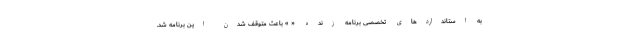
به استانداردهای تخصصی برنامه زنده « » باعث متوقف شدن این برنامه شد.